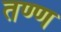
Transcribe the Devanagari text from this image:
तण्ण